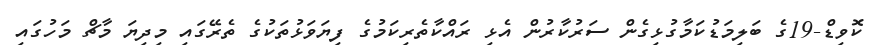
ކޮވިޑް-19ގެ ބަލިމަޑުކަމާގުޅިގެން ސަރުކާރުން އެޅި ރައްކާތެރިކަމުގެ ފިޔަވަޅުތަކުގެ ތެރޭގައި މިދިޔަ މާޗް މަހުގައި